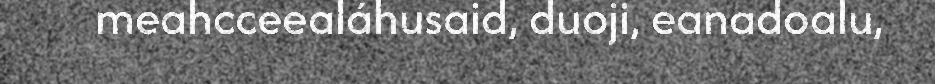
meahcceealáhusaid, duoji, eanadoalu,